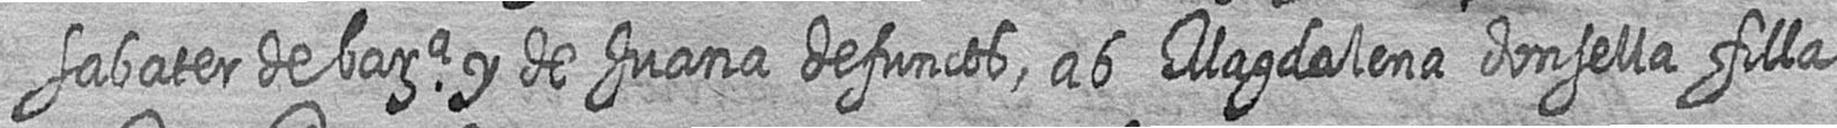
sabater de bara y de Juana defuncts ab Magdalena donsella filla